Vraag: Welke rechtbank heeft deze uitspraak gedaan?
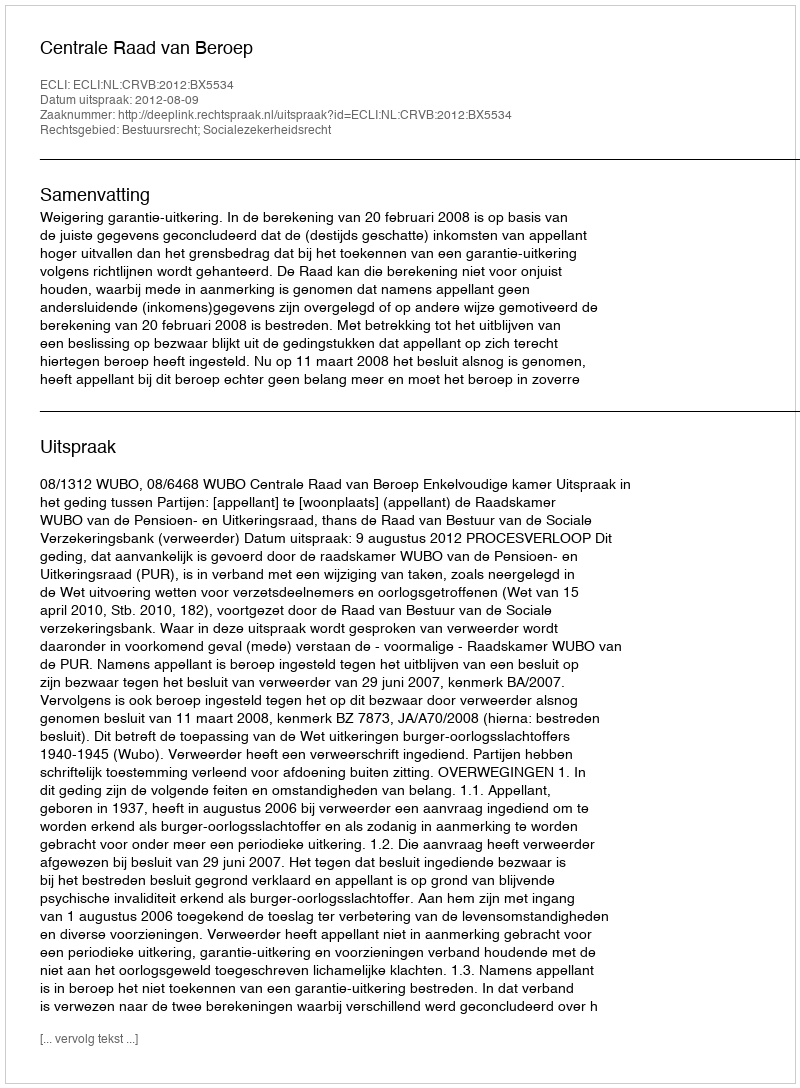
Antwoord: Centrale Raad van Beroep